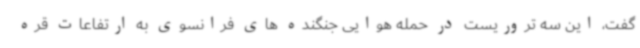
گفت، این سه تروریست در حمله هوایی جنگنده های فرانسوی به ارتفاعات قره